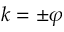
k = \pm \varphi